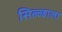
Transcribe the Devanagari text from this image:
सिल्व्हाला